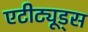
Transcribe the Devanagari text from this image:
एटीट्यूड्स